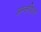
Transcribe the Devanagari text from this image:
अम्‍लपित्‍त